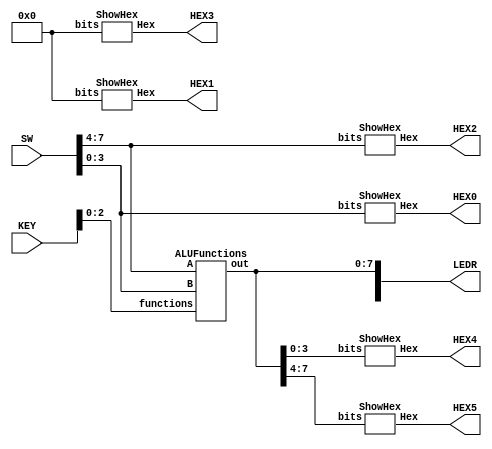
module part3(SW, LEDR, KEY, HEX0, HEX1, HEX2, HEX3, HEX4, HEX5);
	input [9:0] SW;
	input [9:0] KEY;
	output [9:0] LEDR;
	output [6:0] HEX0;
	output [6:0] HEX1;
	output [6:0] HEX2;
	output [6:0] HEX3;
	output [6:0] HEX4;
	output [6:0] HEX5;
	
	wire [7:0] w;
	
	ALUFunctions alu(.A(SW[7:4]), .B(SW[3:0]), .functions(KEY[2:0]), .out(w[7:0]));
	assign LEDR[7:0] = w[7:0];
	
	ShowHex showhex0(SW[3:0], HEX0[6:0]);
	ShowHex showhex2(SW[7:4], HEX2[6:0]);
	ShowHex showhex1(4'b0000, HEX1[6:0]);
	ShowHex showhex3(4'b0000, HEX3[6:0]);
	ShowHex showhex4(w[3:0], HEX4[6:0]);
	ShowHex showhex5(w[7:4], HEX5[6:0]);
endmodule

module ALUFunctions(A, B, functions, out);
	input [3:0] A;
	input [3:0] B;
	input [2:0] functions;
	output [7:0] out;
	
	reg [7:0] out;
	wire [4:0] f0;
	wire [4:0] f1;
	
	FourRippleFullAdder frfa0(.A(A), .B(4'b0000), .Cin(1'b1), .Cout(f0[4]), .S(f0[3:0]));
	FourRippleFullAdder frfa1(.A(A), .B(B), .Cin(1'b0), .Cout(f1[4]), .S(f1[3:0]));
	
	always @(*)
	begin
		case (functions)
			3'b111: out = {3'b000, f0};
			3'b110: out = {3'b000, f1};
			3'b101: out = A + B;
			3'b100: out = {A | B, A ^ B};
			3'b011: out = |{A, B};
			3'b010: out = {A, B};
			default: out = 8'b00000000;
		endcase
	end
endmodule


module FourRippleFullAdder(A, B, Cin, Cout, S);
	input [3:0] A;
   input	[3:0] B;
	input	Cin;
	output Cout;
	output [3:0] S;
	wire [2:0] w;
	
	FullAdder FA0(.a(A[0]), .b(B[0]), .cin(Cin), .cout(w[0]), .s(S[0]));
	FullAdder FA1(.a(A[1]), .b(B[1]), .cin(w[0]), .cout(w[1]), .s(S[1]));
	FullAdder FA2(.a(A[2]), .b(B[2]), .cin(w[1]), .cout(w[2]), .s(S[2]));
	FullAdder FA3(.a(A[3]), .b(B[3]), .cin(w[2]), .cout(Cout), .s(S[3]));
endmodule


module FullAdder(a, b, cin, cout, s);
	input a, b, cin;
	output cout, s;
	
	assign s = a ^ b ^ cin;
	assign cout = (~(a ^ b) & b) | ((a ^ b) & cin);
endmodule


module ShowHex(bits, Hex);
	input [3:0] bits;
	output [6:0] Hex;

	Zero zero(.a(bits[3]),
			    .b(bits[2]), 
			    .c(bits[1]), 
				 .d(bits[0]),
				 .ret(Hex[0]));
	One one(.a(bits[3]),
			  .b(bits[2]), 
			  .c(bits[1]), 
			  .d(bits[0]),
			  .ret(Hex[1]));
	Two two(.a(bits[3]),
			  .b(bits[2]), 
			  .c(bits[1]), 
			  .d(bits[0]),
			  .ret(Hex[2]));
	Three three(.a(bits[3]),
		         .b(bits[2]), 
					.c(bits[1]), 
					.d(bits[0]),
					.ret(Hex[3]));
	Four four(.a(bits[3]),
				 .b(bits[2]), 
				 .c(bits[1]), 
				 .d(bits[0]),
				 .ret(Hex[4]));
	Five five(.a(bits[3]),
		       .b(bits[2]), 
				 .c(bits[1]), 
				 .d(bits[0]),
		  .ret(Hex[5]));
	Six six(.a(bits[3]),
		     .b(bits[2]), 
		     .c(bits[1]), 
		     .d(bits[0]),
		     .ret(Hex[6]));
endmodule
		 

module Zero(a, b, c, d, ret);
	input a, b, c, d;
	output ret;
	assign ret = ~a & ~b & ~c & d | ~a & b & ~c & ~d | a & ~b & c & d | a & b & ~c & d;
endmodule


module One(a, b, c, d, ret);
	input a, b, c, d;
	output ret;
	assign ret = ~a & b & ~c & d | a & b & ~c & ~d | a & c & d | b & c & ~d;
endmodule


module Two(a, b, c, d, ret);
	input a, b, c, d;
	output ret;
	assign ret = a & b & ~c & ~d | ~a & ~b & c & ~d | a & b & c;
endmodule


module Three(a, b, c, d, ret);
	input a, b, c, d;
	output ret;
	assign ret = ~a & b & ~c & ~d | ~b & ~c & d | b & c & d | a & ~b & c & ~d;
endmodule


module Four(a, b, c, d, ret);
	input a, b, c, d;
	output ret;
	assign ret = ~a & b & ~c | ~a & c & d | ~b & ~c & d;
endmodule


module Five(a, b, c, d, ret);
	input a, b, c, d;
	output ret;
	assign ret = ~a & ~b & ~c & d | a & b & ~c & d | ~a & ~b & c & ~d | ~a & c & d;
endmodule


module Six(a, b, c, d, ret);
	input a, b, c, d;
	output ret;
	assign ret = ~a & b & c & d | a & b & ~c & ~d | ~a & ~b & ~c;
endmodule